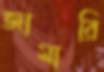
জামারি